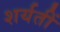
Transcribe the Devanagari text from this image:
शर्यतीं